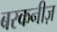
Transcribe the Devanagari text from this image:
बरकनीज़